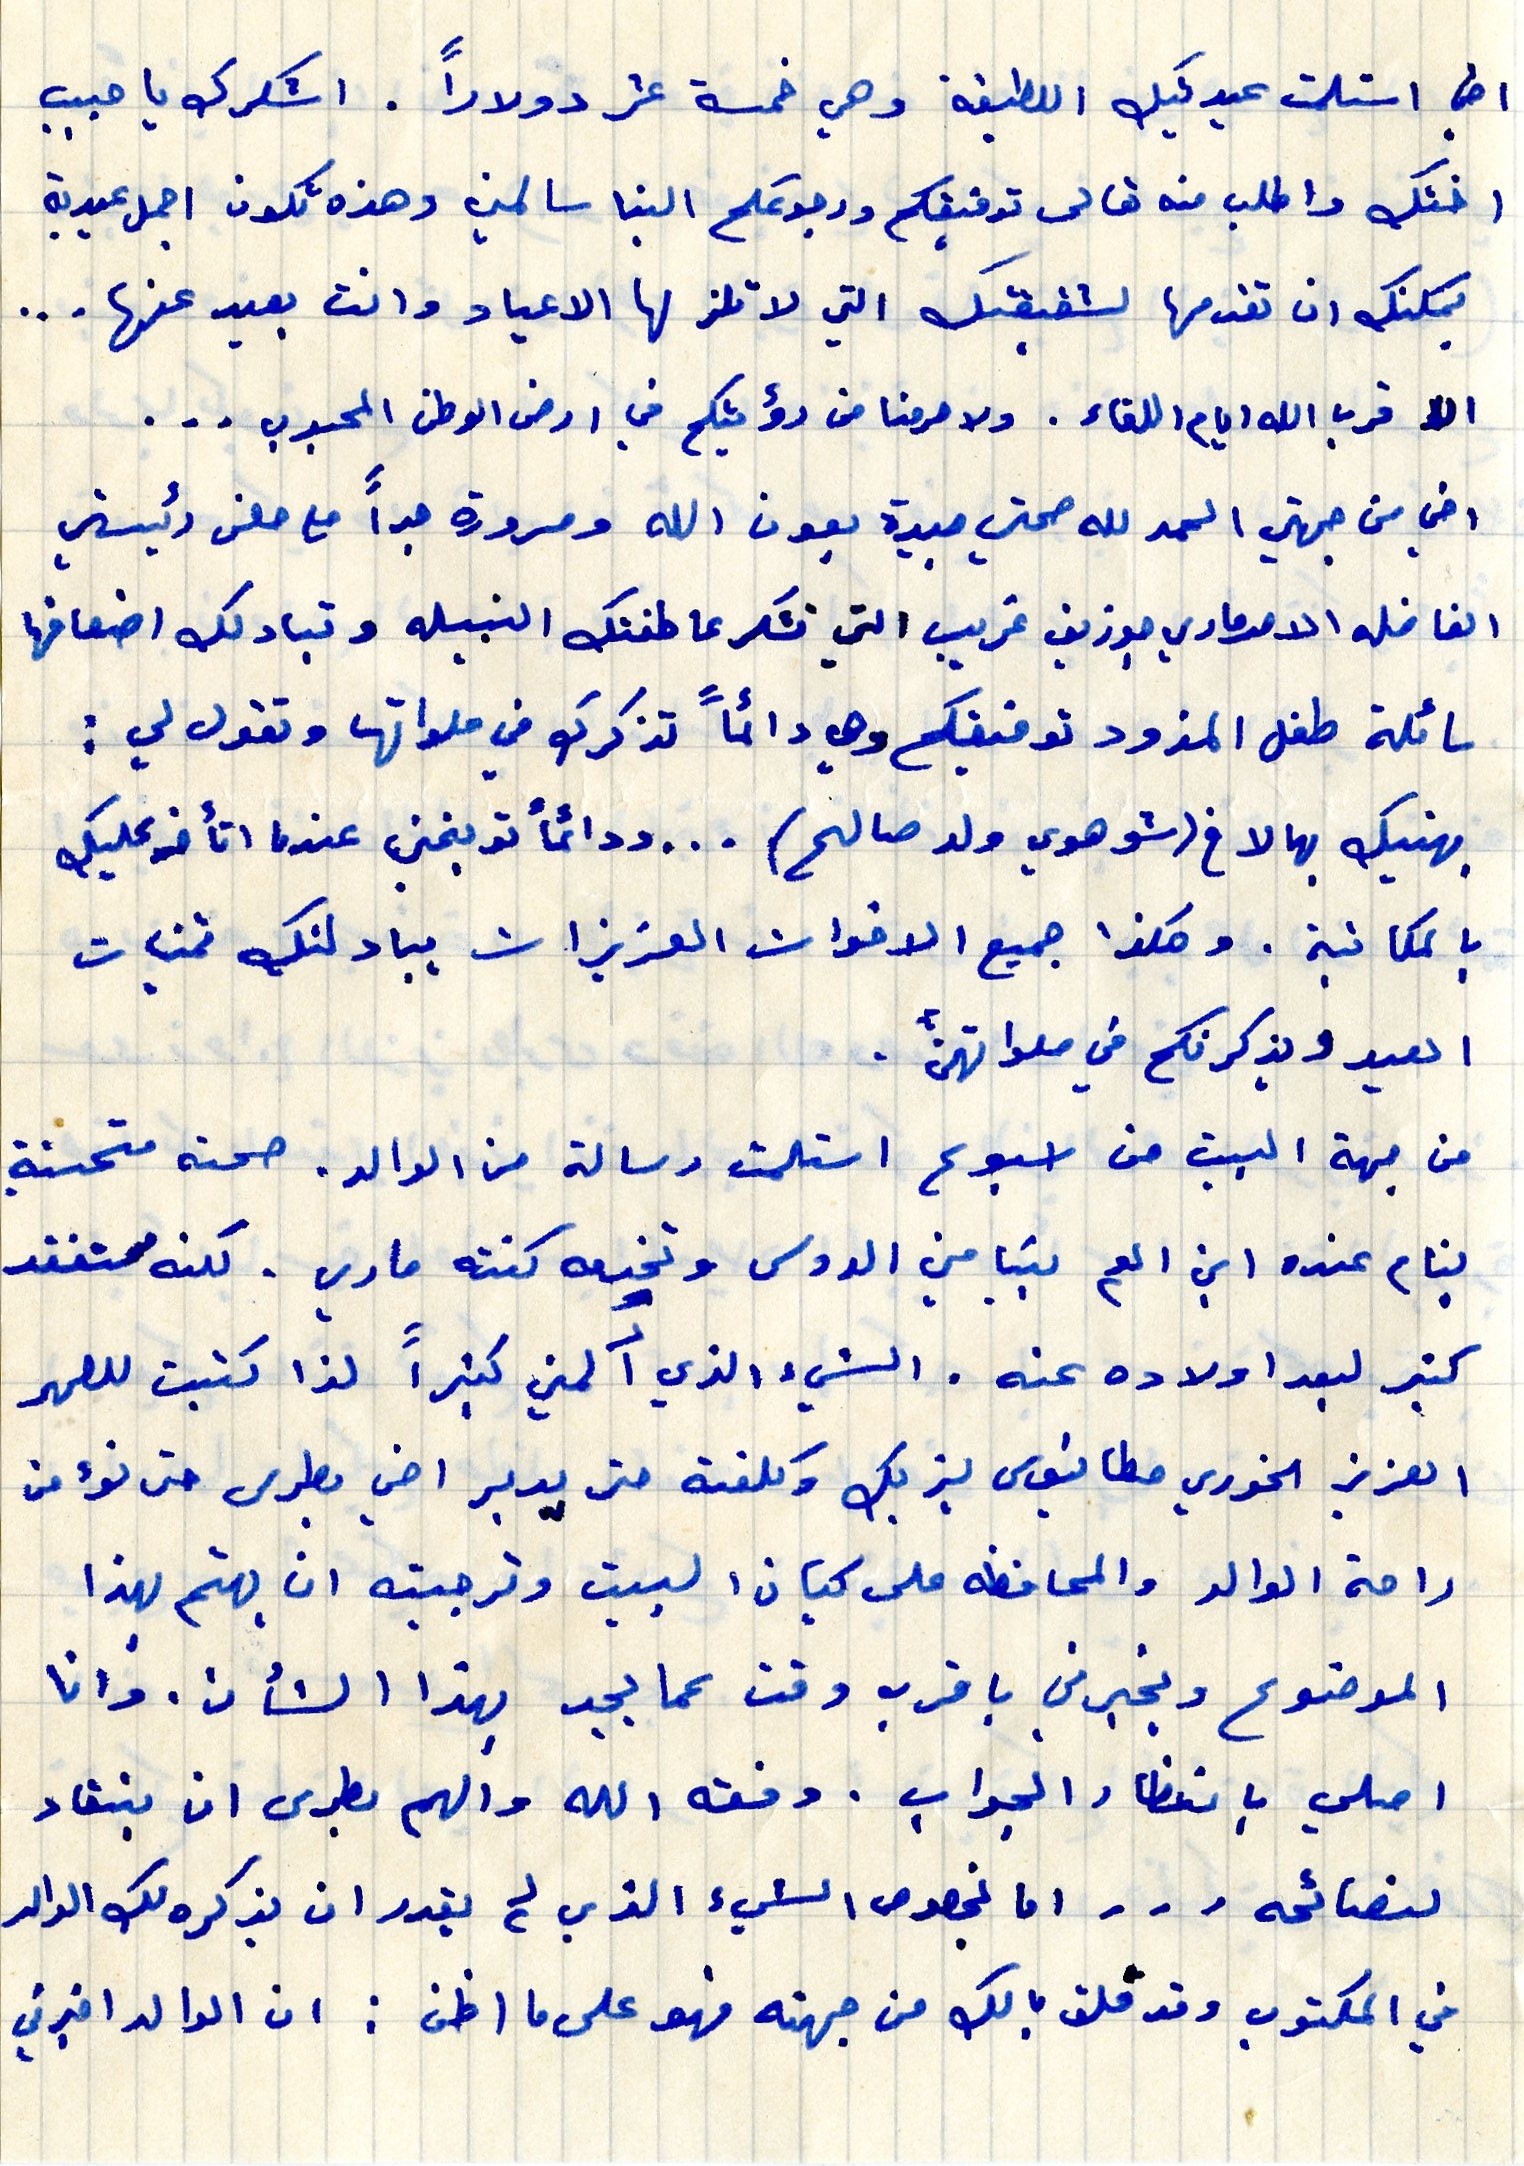
في استلمت عيدتيك اللطيفة وهي خمسة عشر دولاراً . اشكرك يا حبيب
اختك واطلب منه تعالى توفيقكم ورجوعكم الينا سالمين وهذه تكون اجمل عيدية
يمكنك ان تقدمها لشقيقتك التي لا تلز لها الاعياد وانت بعيد عنها...
الل قرب الله ايام اللقاء. ولا حرمنا من رؤيتكم في ارض الوطن المحبوب...
اخي من جهتي الحمد لله صحتي جيدة بعون الله ومسرورة جداً مع حصن رئيستي
الفاضله الام ماري جوزيف غريب التي تشكر عاطفتك النبيله وتبادلك اضعافها
سائلة طفل المزود توفيقكم وهي دائماً تذكرك في صلواتها وتقول لي :
بهنيك بهالاخ (شو هوي ولد صالح) ... ودائماً توبخني عندما اتأخر عليك
بالمكانية. وهكذا جميع الاخوات العزيزات يبادلنك تمنيات
العيد ويذكرنكم في صلواتهن.
من جهة البيت من اسبوع استلمت رسالة من الوالد. صحته متحسنة
بنام عنده ابن العم بنيامين الدوس وتخيه كنته ماري. لكنه مستفقد
لبعد اولاده عنه. الشيئ الذي ألمني كثيرا لذا كتبت للصهر
العزيز الخوري مطانيوس يزبك وكلفته حتى يدبر اخي بطرس حتى نؤمن
راحة الوالد والمحافظه على كيان البيت وترجيته ان يهتم بهذا
الموضوع ويخبرني باقرب وقت عما يجد بهذا الشأن. وانا
اصلي بانتظار الجواب . وفقه الله والهم بطرس ان ينقاد
لنصائحه... اما بخصوص الشيئ الذي لم يقدر ان يذكره لك الوالد
في المكتوب وقد قلق بالك من جهته فهو على ما اظن : ان الوالد اخبرني